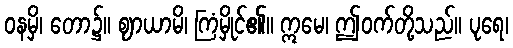
ဝနမှိ၊ တော၌။ ဈာယာမိ၊ ကြံမှိုင်၏။ ဣမေ၊ ဤဝက်တို့သည်။ ပုရေ၊